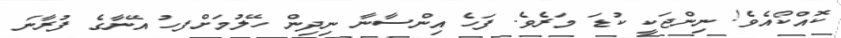
ކޮއްކޯއެވެ! ނިންޖަކީ ކުޑަ މަރެވެ. ފަހެ އިންސާނާ ނިދިން ހޭލުމަށްފހު އޭނާގެ ފުރާނަ